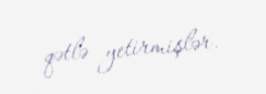
qətlə yetirmişlər.